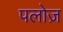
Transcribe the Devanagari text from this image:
पलोज़